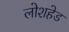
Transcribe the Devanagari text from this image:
लोशहेड